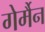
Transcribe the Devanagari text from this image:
गेर्मैन